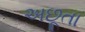
અછૂતા